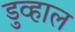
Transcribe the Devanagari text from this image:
डुव्हाल